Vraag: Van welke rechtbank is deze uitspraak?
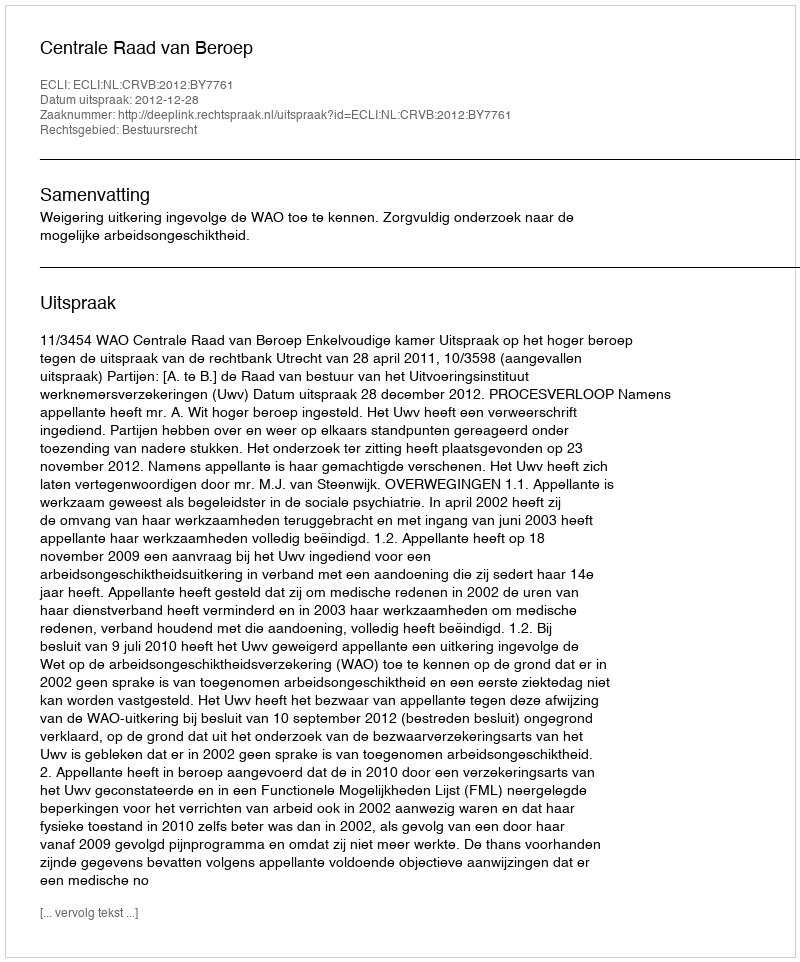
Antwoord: Centrale Raad van Beroep